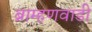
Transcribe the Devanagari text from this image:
ब्राम्हणवाडी